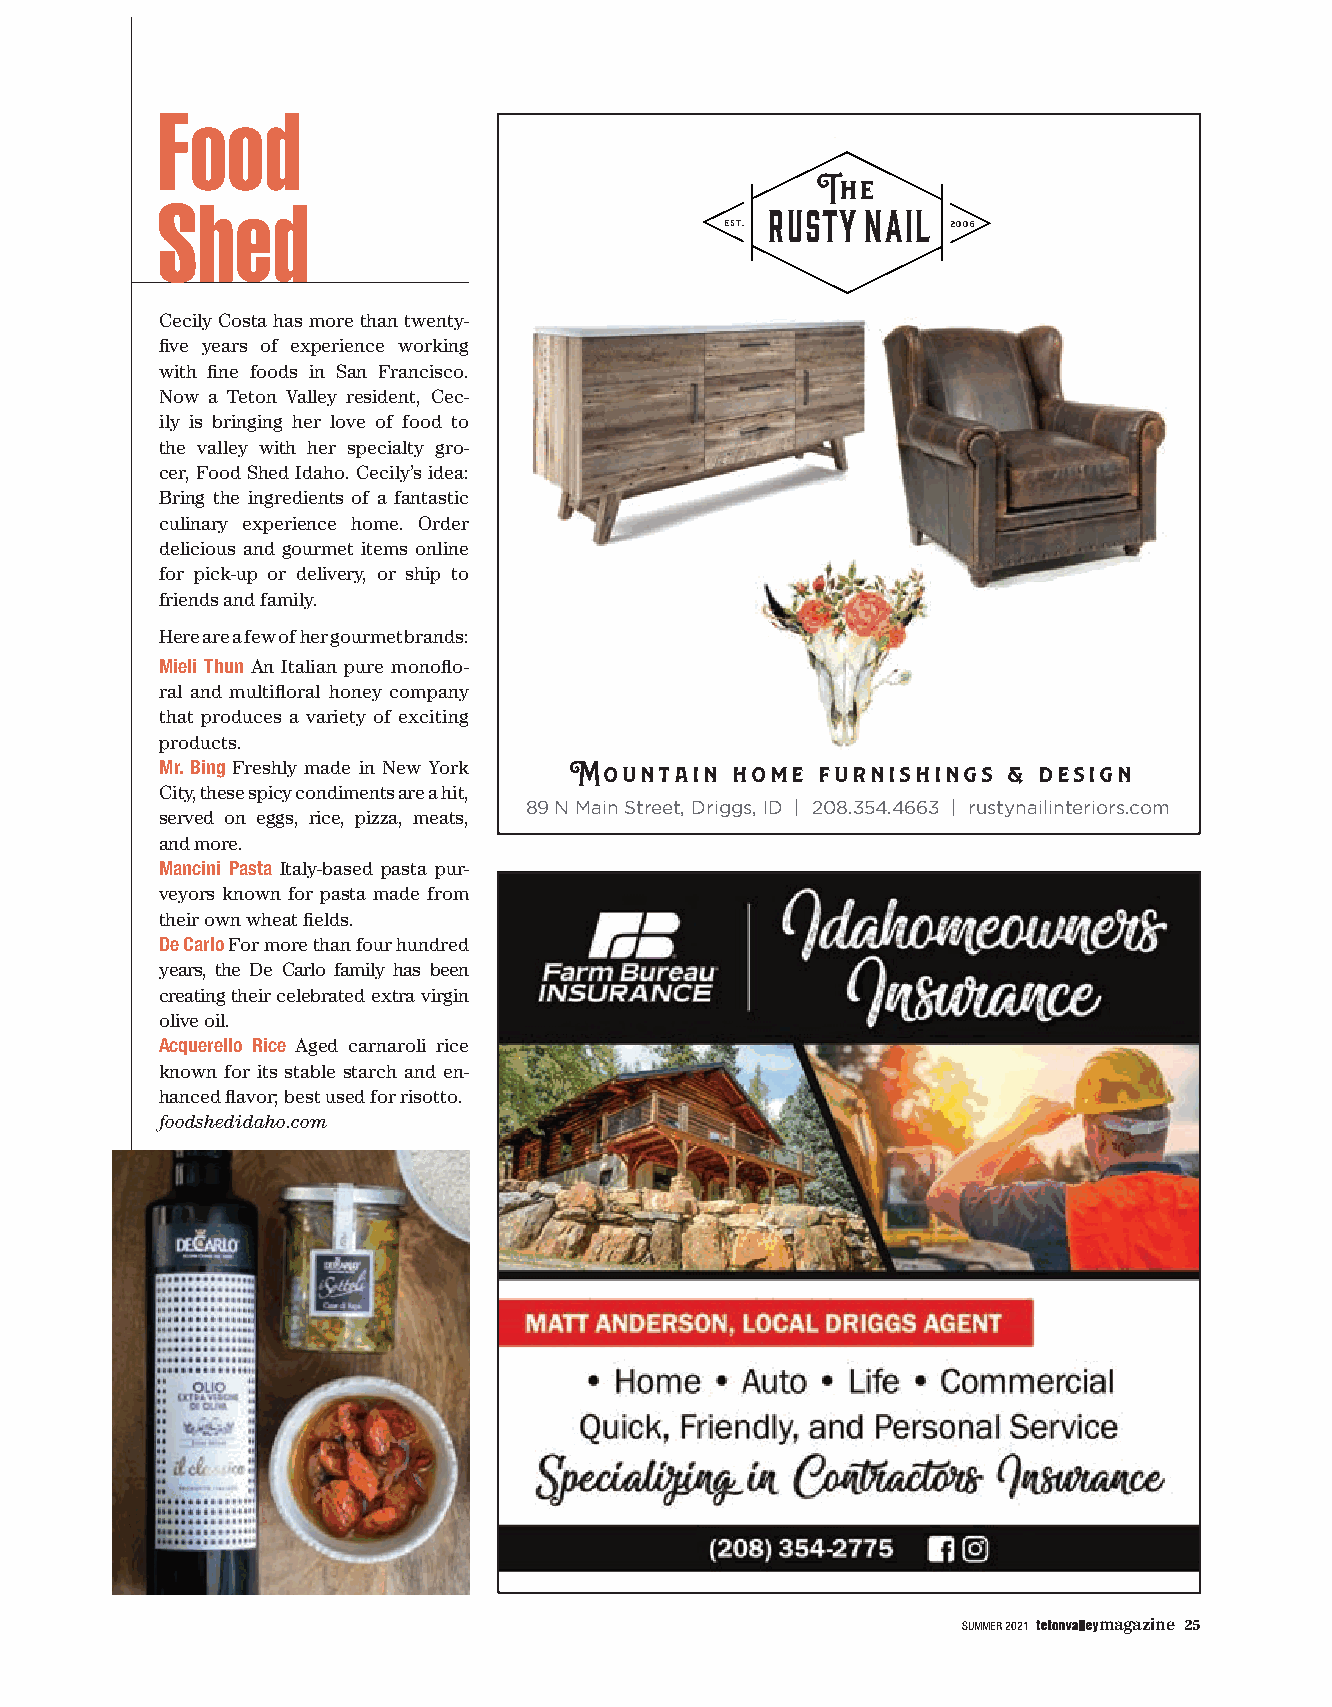
Unique  spaces  deserve exceptional  design.
 Food
 Unique  spaces deserve exceptional  design.
 The
 Shed
 rusty nail
 est.           2006
 Cecily Costa has more than twenty- Mountain home furnishings & design
 five years of experience working
 25 E. Wallace Ave. | Driggs ID | 208.354.4663 | rustynailinteriors.com
 with fine foods in San Francisco.
 Now a Teton Valley resident, Cec-
 ily is bringing her love of food to
 the valley with her specialty gro-
 cer, Food Shed Idaho. Cecily’s idea:
 Bring the ingredients of a fantastic
 culinary experience home. Order
 delicious and gourmet items online
 for pick-up or delivery, or ship to
 friends and family.
 Here are a few of her gourmet brands:      The
 Mieli Thun An Italian pure monoflo-     rusty nail
 est.           2006
 ral and multifloral honey company
 that produces a variety of exciting
 products.
 Mr. Bing Freshly made in New York Mountain homede serfveU en xi uq ceu pe t s iop ra nc ae ls dnesigni. shings & design
 City, these spicy condiments are a hit,     The
 89 N M2a5in E .S Wtraelleacte, DAvreig. g| sD,r iIgDg s |I D es2t . r |0 u s 28ty 0. n38ai .5l 32540064.4.4666633 | |r u rsutysntayilinnateirliionrtse.croiomrs.com
 served on eggs, rice, pizza, meats,
 Mountain home furnishings & design
 and more.                                25 E. Wallace Ave. | Driggs ID | 208.354.4663 | rustynailinteriors.com
 Mancini Pasta Italy-based pasta pur-
 veyors known for pasta made from
 their own wheat fields.
 De Carlo For more than four hundred
 years, the De Carlo family has been
 creating their celebrated extra virgin
 olive oil.
 Acquerello Rice Aged carnaroli rice
 known for its stable starch and en-
 hanced flavor; best used for risotto.
 foodshedidaho.com
 SUMMER 2021 magazine 25
 OHADI
 DEHS
 DOOF
 FO
 YSETRUOC
 ,DOOF
 ;NAMSIRHC
 EYMAJ
 ,SNOOLLAB
 ;DRAY
 EDIS
 TSEW
 FO
 YSETRUOC
 ,OITAP
 DNA
 EGAREVEB
 :SOTOHP